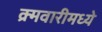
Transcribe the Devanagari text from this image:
क्र्मवारीमध्ये